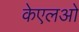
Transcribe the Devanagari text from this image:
केएलओ